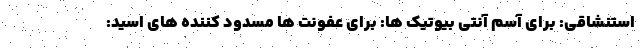
استنشاقی: برای آسم آنتی بیوتیک ها: برای عفونت ها مسدود کننده های اسید: